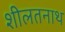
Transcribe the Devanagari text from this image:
शीलतनाथ